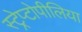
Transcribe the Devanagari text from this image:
स्ट्रेप्टोपीलिया